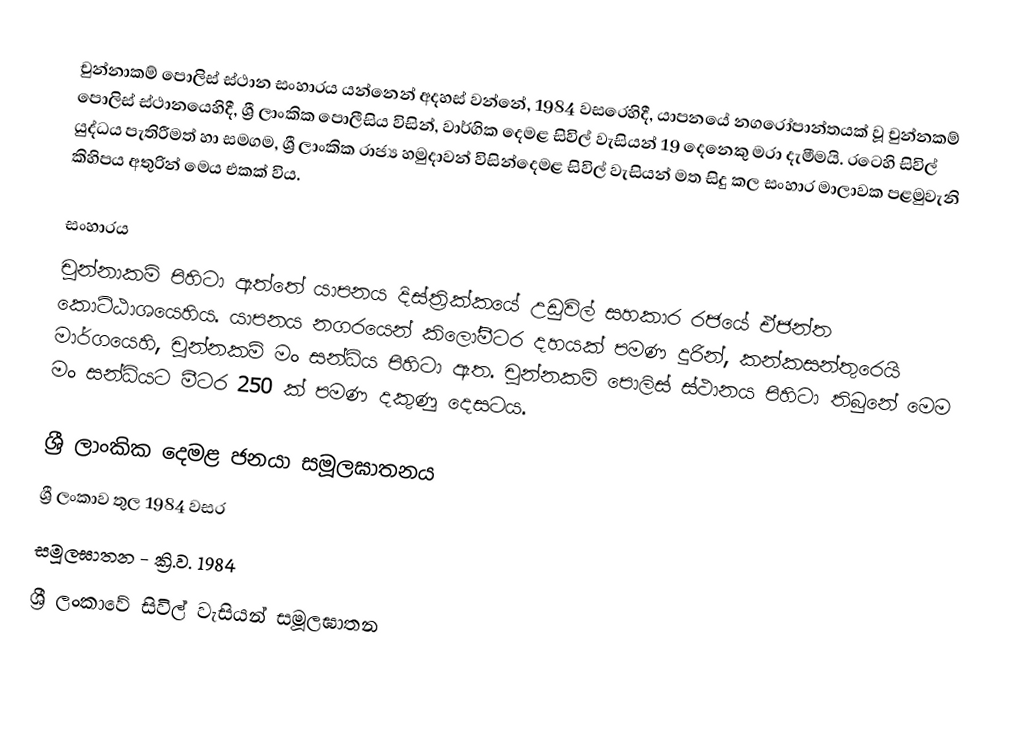
චුන්නාකම් පොලිස් ස්ථාන සංහාරය යන්නෙන් අදහස් වන්නේ, 1984 වසරෙහිදී,   යාපනයේ නගරෝපාන්තයක් වූ චුන්නකම් පොලිස් ස්ථානයෙහිදී, ශ්‍රී ලාංකික පොලීසිය විසින්, වාර්ගික දෙමළ සිවිල් වැසියන්  19 දෙනෙකු මරා දැමීමයි. රටෙහි සිවිල් යුද්ධය පැතිරීමත් හා සමගම, ශ්‍රී ලාංකික රාජ්‍ය හමුදාවන් විසින්දෙමළ සිවිල් වැසියන් මත සිදු කල සංහාර මාලාවක පළමුවැනි කිහිපය අතුරින් මෙය එකක් විය.

සංහාරය
චුන්නාකම් පිහි‍ටා ඇත්තේ යාපනය දිස්ත්‍රික්කයේ උඩුවිල් සහකාර රජයේ ඒජන්ත කොට්ඨාශයෙහිය. යාපනය නගරයෙන් කිලෝමීටර දහයක් පමණ දුරින්, කන්කසන්තුරෙයි මාර්ගයෙහි, චුන්නකම් මං සන්ධිය පිහිටා ඇත. චුන්නකම් පොලිස් ස්ථානය පිහි‍ටා තිබුනේ මෙම මං සන්ධියට මීටර 250 ක් පමණ දකුණු දෙසටය.

ශ්‍රී ලාංකික දෙමළ ජනයා සමූලඝාතනය
ශ්‍රී ලංකාව තුල 1984 වසර
සමූලඝාතන - ක්‍රි.ව. 1984
ශ්‍රී ලංකාවේ සිවිල් වැසියන් සමූලඝාතන